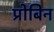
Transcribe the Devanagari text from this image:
प्रोबिन